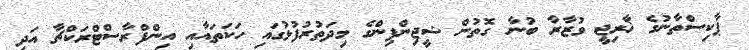
ޕާކިސްތާނުގެ ޚާރިޖީ ވުޒާރާ ބުނާ ގޮތުން ޝީޖިންޕިންގެ މިދަތުރުފުޅުގައި ހަކަތައާއި އިންފްރާސްޓްރަކްޗާ އަދި